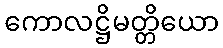
ကောလဋ္ဌိမတ္တိယော